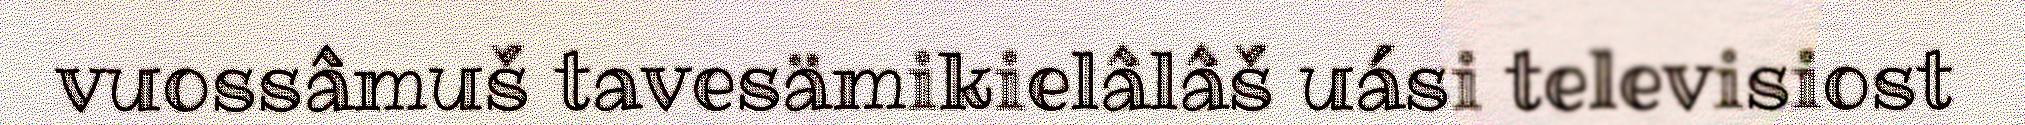
vuossâmuš tavesämikielâlâš uási televisiost